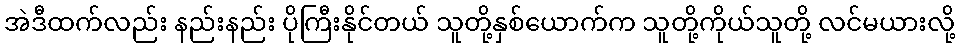
အဲဒီထက်လည်း နည်းနည်း ပိုကြီးနိုင်တယ် သူတို့နှစ်ယောက်က သူတို့ကိုယ်သူတို့ လင်မယားလို့